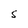
Character: S